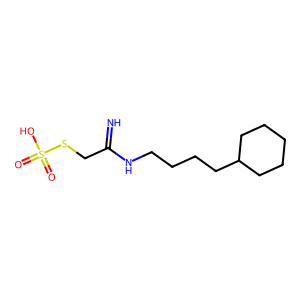
SMILES: N=C(CSS(=O)(=O)O)NCCCCC1CCCCC1
Inhibits HIV replication: No